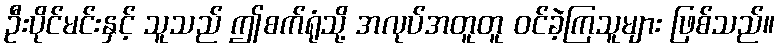
ဦးပိုင်မင်းနှင့် သူသည် ဤစက်ရုံသို့ အလုပ်အတူတူ ဝင်ခဲ့ကြသူများ ဖြစ်သည်။